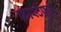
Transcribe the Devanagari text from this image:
फ़ास्टफ़ूड